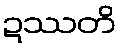
ဍဿတိ